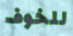
للخوف